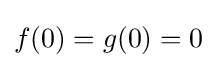
f(0)=g(0)=0